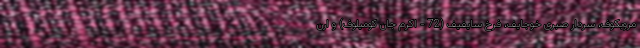
مروبکوف، سردار صبری خوجایف، فرخ سایفیف (72 - اکرم جان کومیلوف) و ارن